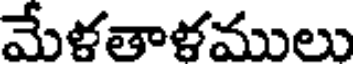
మేళతాళములు